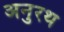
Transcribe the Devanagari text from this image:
अनुरथ